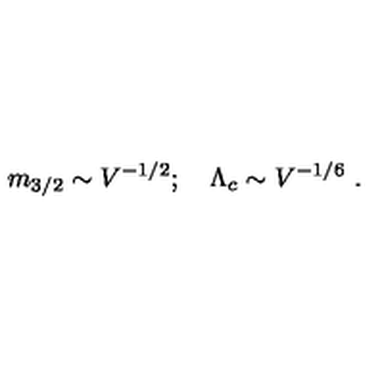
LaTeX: m _ { 3 / 2 } \sim V ^ { - 1 / 2 } ; \quad \Lambda _ { c } \sim V ^ { - 1 / 6 } \ .